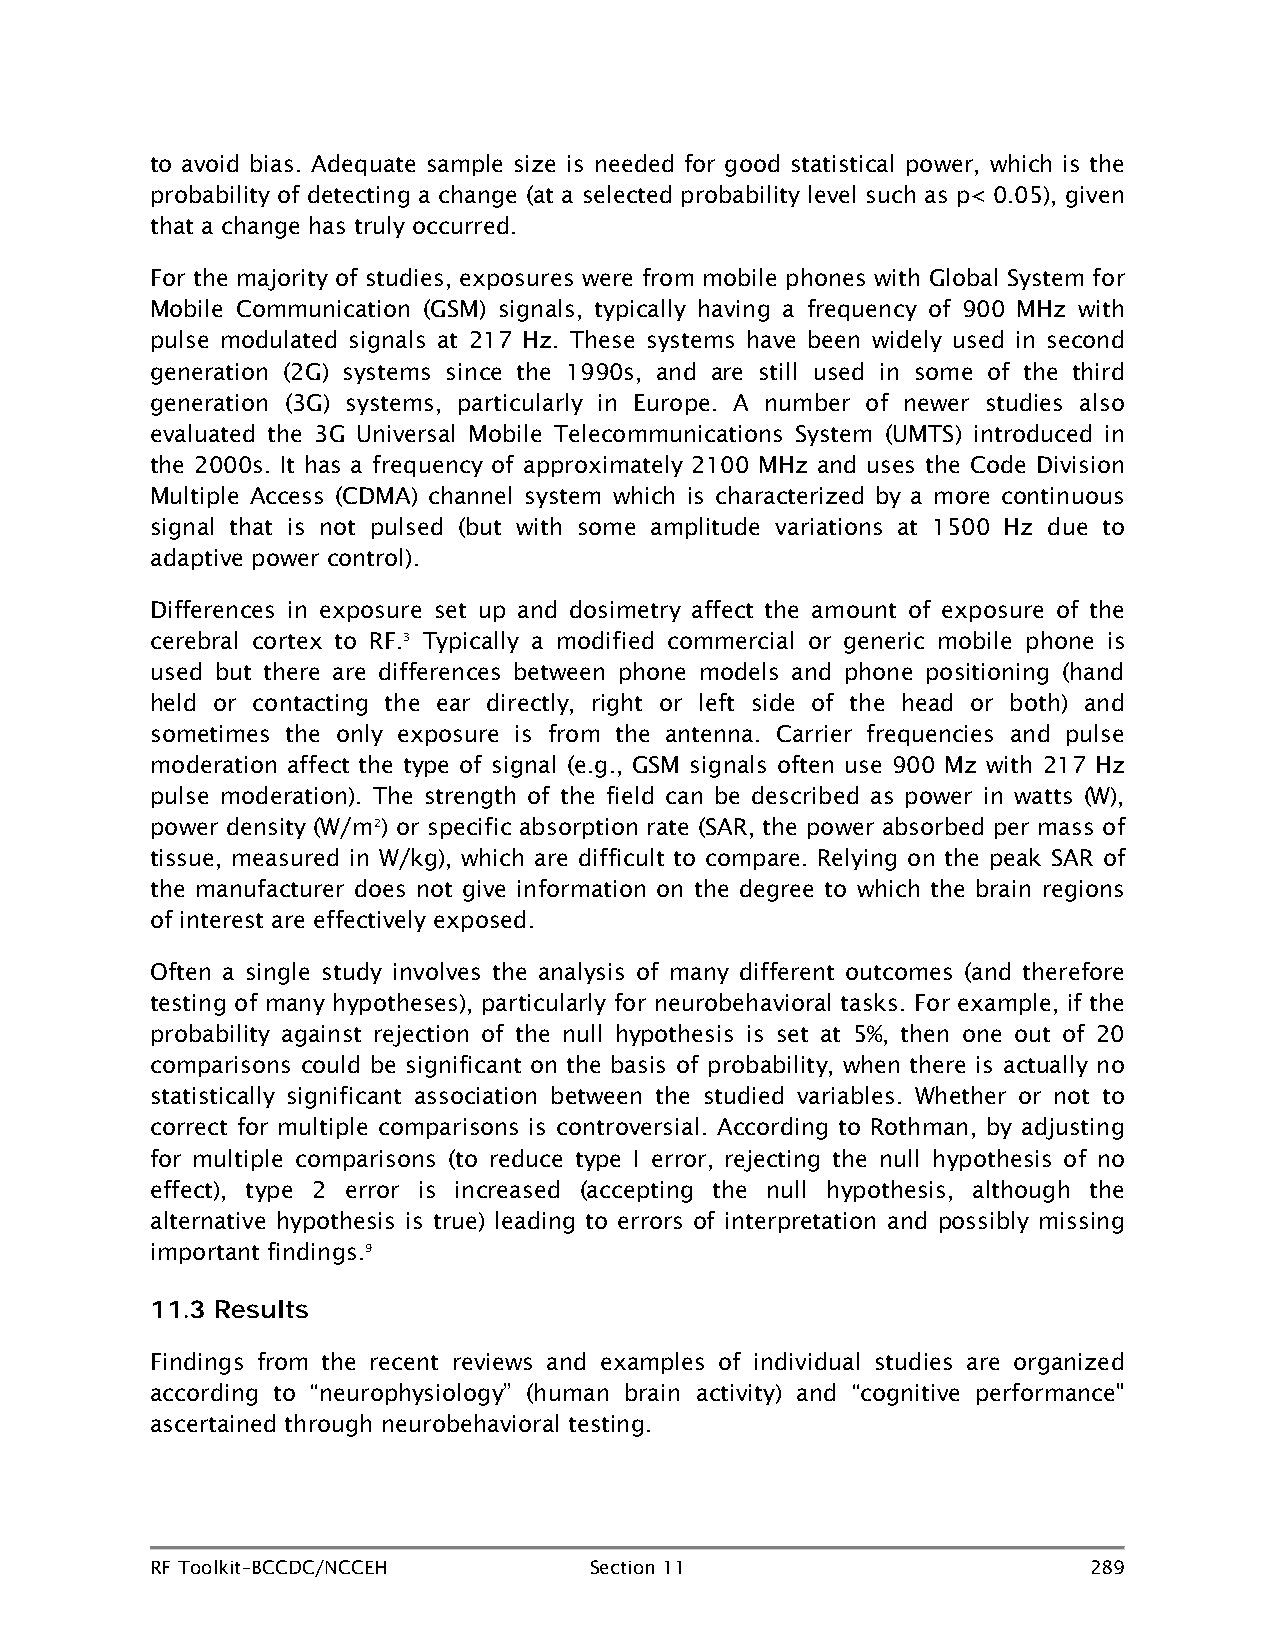
to avoid bias. Adequate sample size is needed for good statistical power, which is the
 probability of detecting a change (at a selected probability level such as p< 0.05), given
 that a change has truly occurred.
 For the majority of studies, exposures were from mobile phones with Global System for
 Mobile Communication (GSM) signals, typically having a frequency of 900 MHz with
 pulse modulated signals at 217 Hz. These systems have been widely used in second
 generation (2G) systems since the 1990s, and are still used in some of the third
 generation (3G) systems, particularly in Europe. A number of newer studies also
 evaluated the 3G Universal Mobile Telecommunications System (UMTS) introduced in
 the 2000s. It has a frequency of approximately 2100 MHz and uses the Code Division
 Multiple Access (CDMA) channel system which is characterized by a more continuous
 signal that is not pulsed (but with some amplitude variations at 1500 Hz due to
 adaptive power control).
 Differences in exposure set up and dosimetry affect the amount of exposure of the
 cerebral cortex to RF.3 Typically a modified commercial or generic mobile phone is
 used but there are differences between phone models and phone positioning (hand
 held or contacting the ear directly, right or left side of the head or both) and
 sometimes the only exposure is from the antenna. Carrier frequencies and pulse
 moderation affect the type of signal (e.g., GSM signals often use 900 Mz with 217 Hz
 pulse moderation). The strength of the field can be described as power in watts (W),
 power density (W/m2) or specific absorption rate (SAR, the power absorbed per mass of
 tissue, measured in W/kg), which are difficult to compare. Relying on the peak SAR of
 the manufacturer does not give information on the degree to which the brain regions
 of interest are effectively exposed.
 Often a single study involves the analysis of many different outcomes (and therefore
 testing of many hypotheses), particularly for neurobehavioral tasks. For example, if the
 probability against rejection of the null hypothesis is set at 5%, then one out of 20
 comparisons could be significant on the basis of probability, when there is actually no
 statistically significant association between the studied variables. Whether or not to
 correct for multiple comparisons is controversial. According to Rothman, by adjusting
 for multiple comparisons (to reduce type I error, rejecting the null hypothesis of no
 effect), type 2 error is increased (accepting the null hypothesis, although the
 alternative hypothesis is true) leading to errors of interpretation and possibly missing
 important findings.9
 11.3 Results
 Findings from the recent reviews and examples of individual studies are organized
 according to “neurophysiology” (human brain activity) and “cognitive performance"
 ascertained through neurobehavioral testing.
 RF Toolkit–BCCDC/NCCEH       Section 11                       289